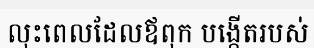
លុះពេលដែលឪពុក បង្កើតរបស់